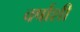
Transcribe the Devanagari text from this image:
वर्षाशी